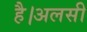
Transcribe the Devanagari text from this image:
है।अलसी